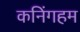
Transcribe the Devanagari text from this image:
कनिंगहम